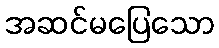
အဆင်မပြေသော